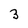
Character: 3